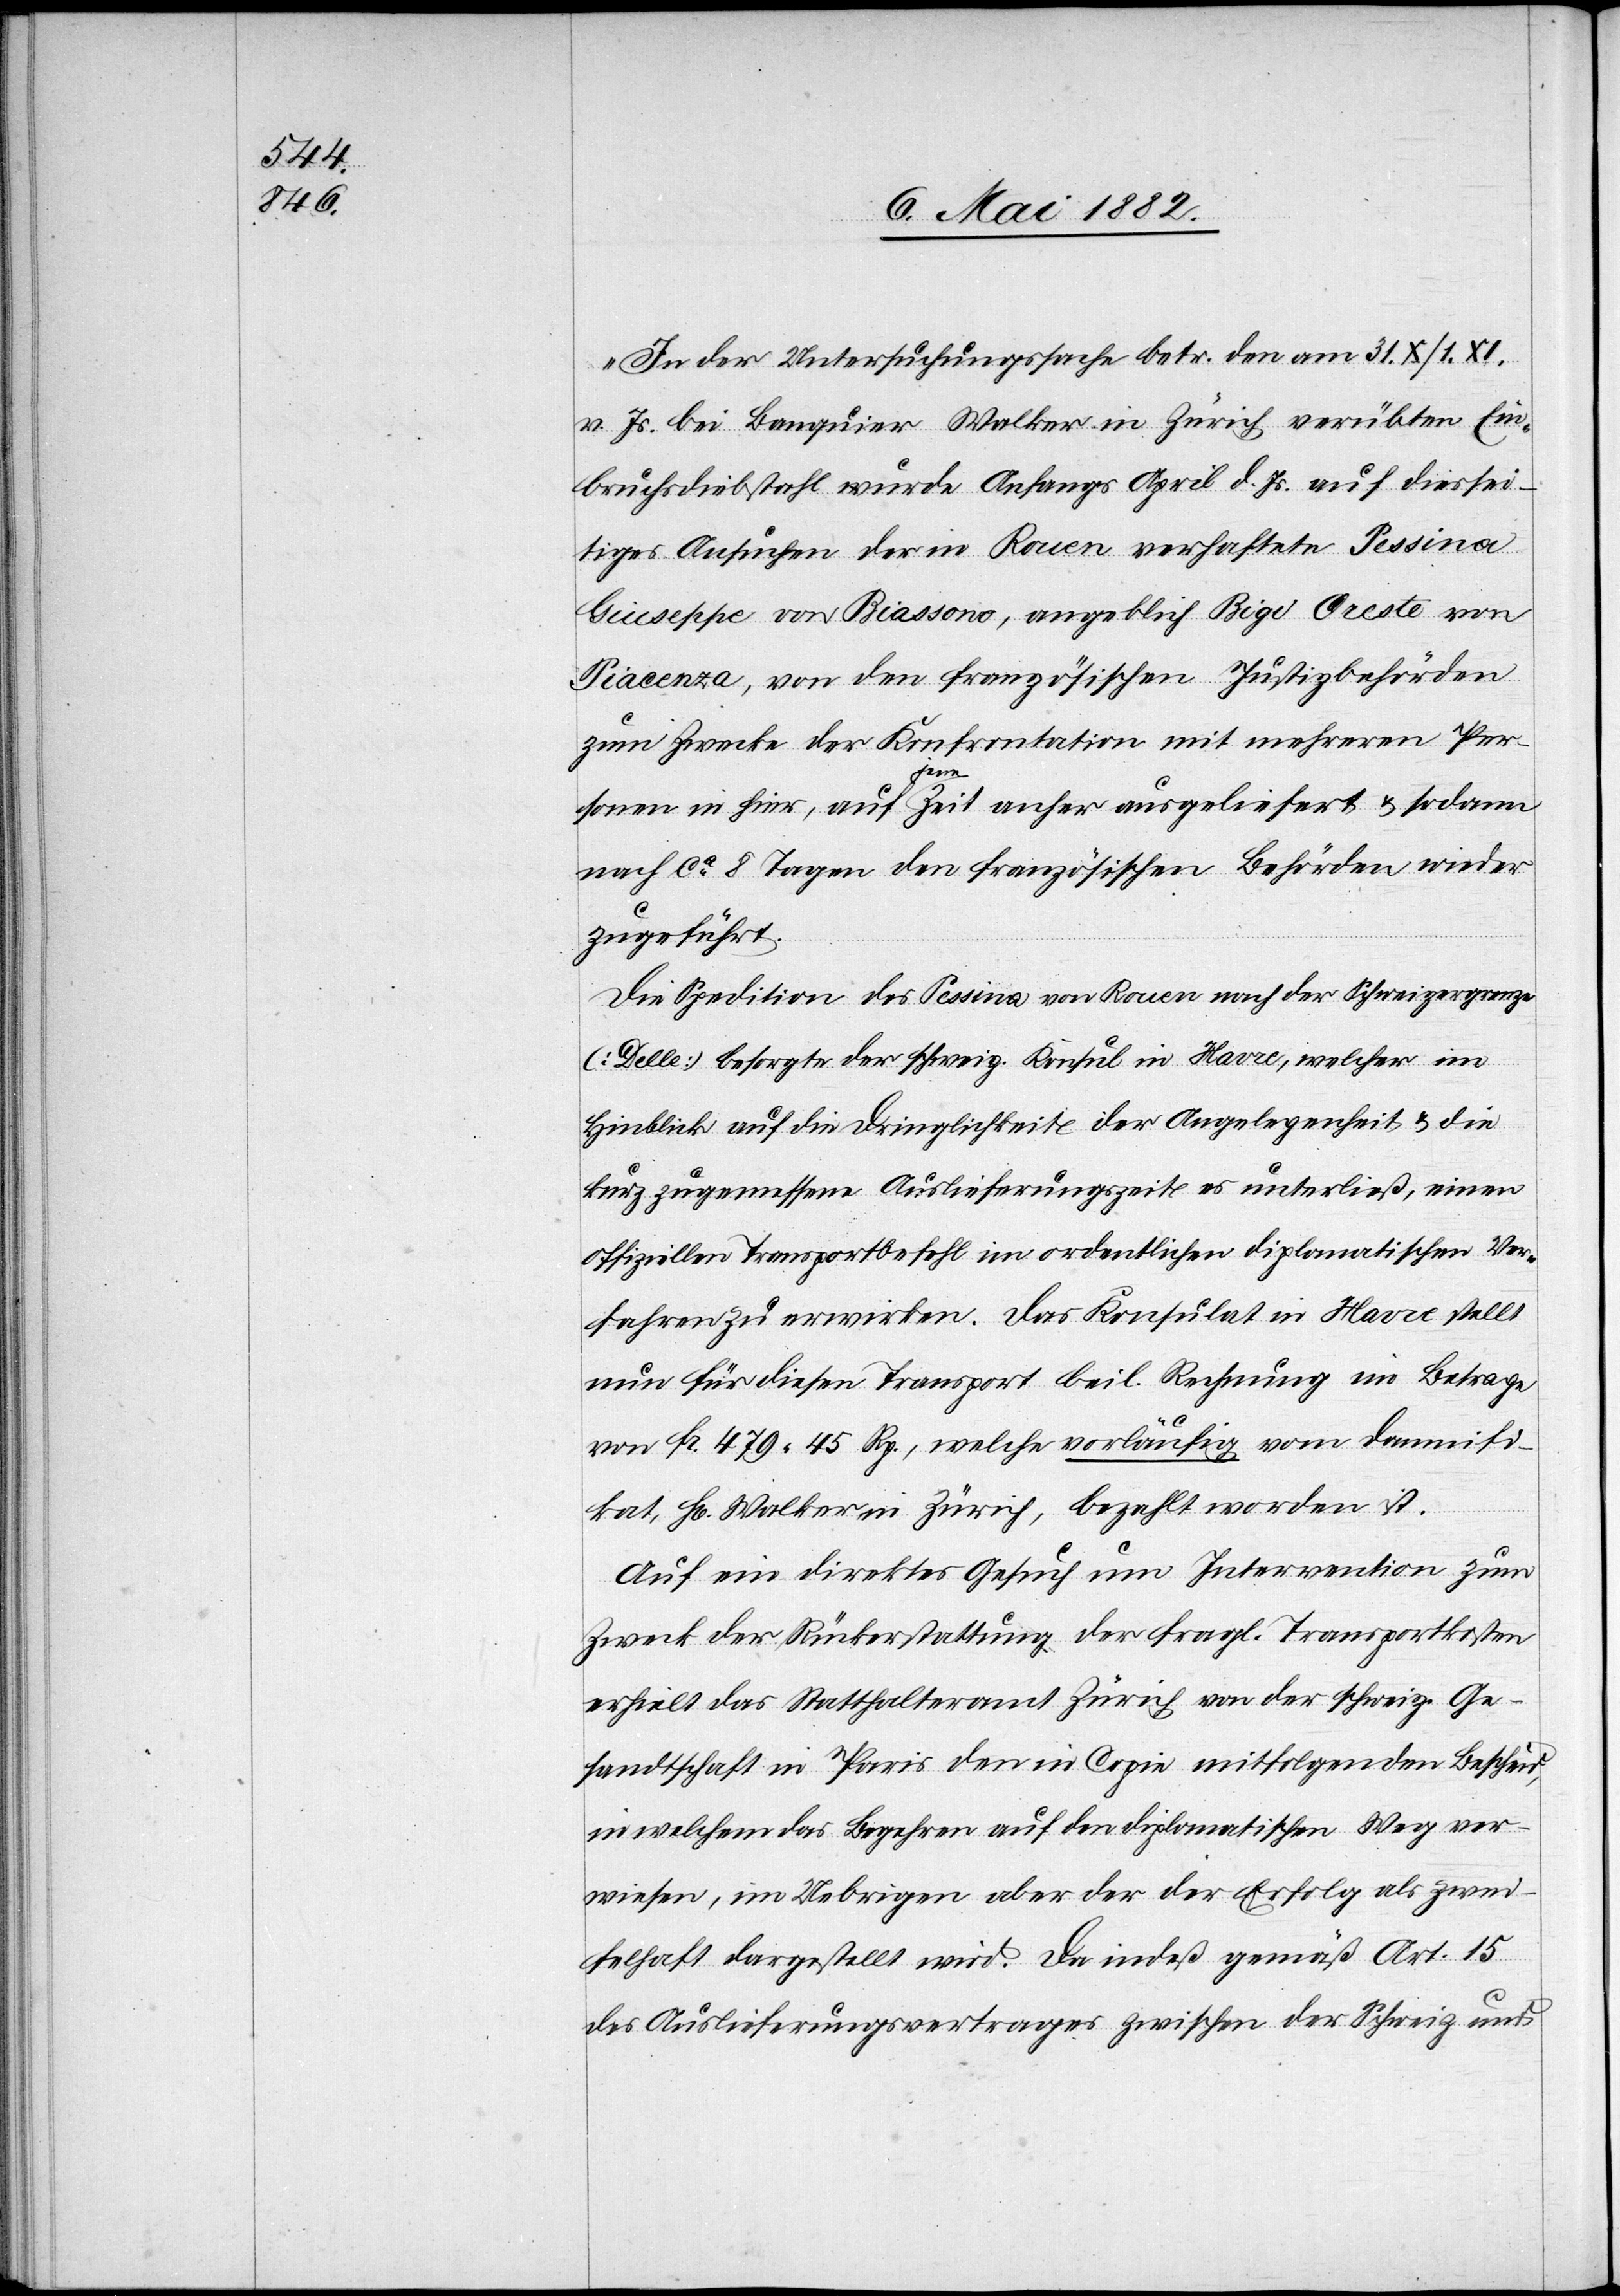
„In der Untersuchungssache betr. den am 31. X./1. XI.
v. Js. bei Banquier Walker in Zürich verübten Ein¬
bruchsdiebstahl wurde Anfangs April d. Js. auf diessei¬
tiges Ansuchen der in Rouen verhaftete Pessina
Giuseppe von Biassono, angeblich Rigi Oreste von
Piacenza, von den französischen Justizbehörden
zum Zwecke der Konfrontation mit mehreren Per¬
sonen in hier, auf jene Zeit anher ausgeliefert & sodann
nach ca 8 Tagen den französischen Behörden wieder
zugeführt.
Die Spedition des Pessina von Rouen nach der Schweizergrenze
(Delle) besorgte der schweiz. Konsul in Havre, welcher im
Hinblick auf die Dringlichkeit der Angelegenheit & die
kurz zugemessene Auslieferungszeit es unterließ, einen
offiziellen Transportbefehl im ordentlichen diplomatischen Ver¬
fahren zu erwirken. Das Konsulat in Havre stellt
nun für diesen Transport beil. Rechnung im Betrage
von Fr. 479 45 Rp., welche vorläufig vom Damnifi¬
kat, Hr. Walker in Zürich, bezahlt worden ist.
Auf ein direktes Gesuch um Intervention zum
Zwecke der Rückerstattung der fragl. Transportkosten
erhielt das Statthalteramt Zürich von der schweiz. Ge¬
sandtschaft in Paris den in Copie mitfolgenden Bescheid,
in welchem das Begehren auf den diplomatischen Weg ver¬
wiesen, im Uebrigen aber der der [sic!] Erfolg als zwei¬
felhaft dargestellt wird. Da indeß gemäß Art. 15
des Auslieferungsvertrages zwischen der Schweiz und